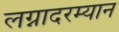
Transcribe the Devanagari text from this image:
लग्नादरम्यान